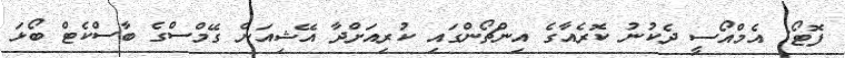
ފޮޓޯ: އެމްއޯސީ ދެކުނު ކޮރެއާގެ އިންޗޯންގައި ކުރިއަށްދާ އޭޝިއަން ގޭމްސްގެ ބާސްކެޓް ބޯޅަ